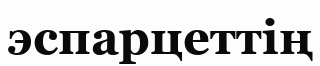
эспарцеттің